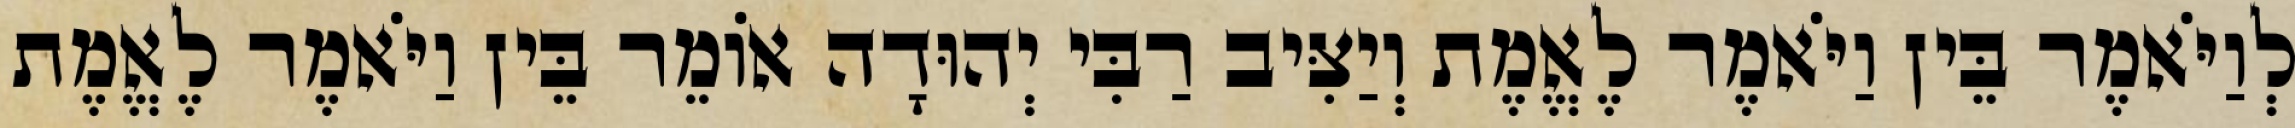
לְוַיֹּאמֶר בֵּין וַיֹּאמֶר לֶאֱמֶת וְיַצִּיב רַבִּי יְהוּדָה אוֹמֵר בֵּין וַיֹּאמֶר לֶאֱמֶת